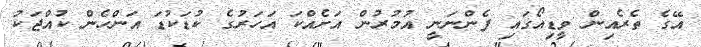
އޭގެ ތެރެއިން ވީޑިއޯގައި ފެންނަނީ އުމުރުން އަށެއްކަ އަހަރުގެ ކުޑަކުޑަ އަންހެން ކުއްޖަކު